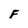
Character: F